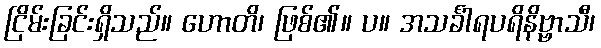
ငြိမ်းခြင်းရှိသည်။ ဟောတိ၊ ဖြစ်၏။ ပ။ အသင်္ခါရပရိနိဗ္ဗာသီ၊